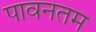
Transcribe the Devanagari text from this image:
पावनतम